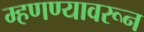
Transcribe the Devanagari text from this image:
म्हणण्यावरून